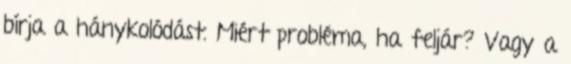
bírja a hánykolódást. Miért probléma, ha feljár? Vagy a